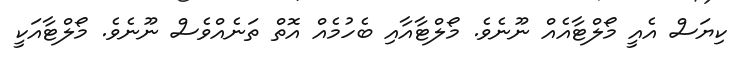
ކިޔަސް އެއީ މޯލްޓާއެއް ނޫނެވެ. މޯލްޓާއާއި ބެހުމެއް އޮތް ތަނެއްވެސް ނޫނެވެ. މޯލްޓާއަކީ